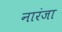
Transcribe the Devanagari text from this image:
नारंजा